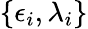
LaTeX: \{ \epsilon_{i},\lambda_{i}\}